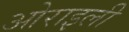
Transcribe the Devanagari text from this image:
ओराइली